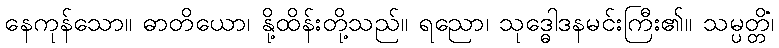
နေကုန်သော။ ဓာတိယော၊ နို့ထိန်းတို့သည်။ ရညော၊ သုဒ္ဓေါဒနမင်းကြီး၏။ သမ္ပတ္တိံ၊